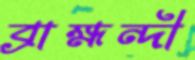
ব্রাহ্মন্দী